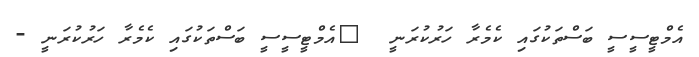
އެމްޓީސީސީ ބަސްތަކުގައި ކެމެރާ ހަރުކުރަނީ  	އެމްޓީސީސީ ބަސްތަކުގައި ކެމެރާ ހަރުކުރަނީ -